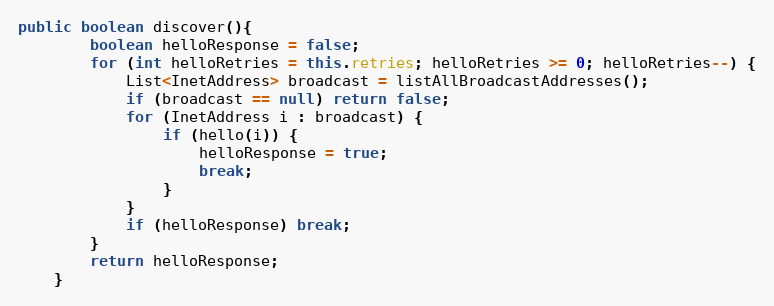
Language: Java
public boolean discover(){
        boolean helloResponse = false;
        for (int helloRetries = this.retries; helloRetries >= 0; helloRetries--) {
            List<InetAddress> broadcast = listAllBroadcastAddresses();
            if (broadcast == null) return false;
            for (InetAddress i : broadcast) {
                if (hello(i)) {
                    helloResponse = true;
                    break;
                }
            }
            if (helloResponse) break;
        }
        return helloResponse;
    }